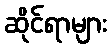
ဆိုင်ရာများ